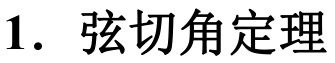
1. 弦切角定理